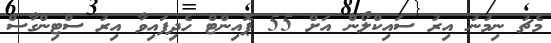
މެޗު ނިމުނު އިރު ސައިކްލޯން އަށް 55 ޕޮއިންޓް ހެދިފައިވާ އިރު ސްޓިންގާސް